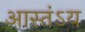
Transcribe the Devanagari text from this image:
आस्तंऽय